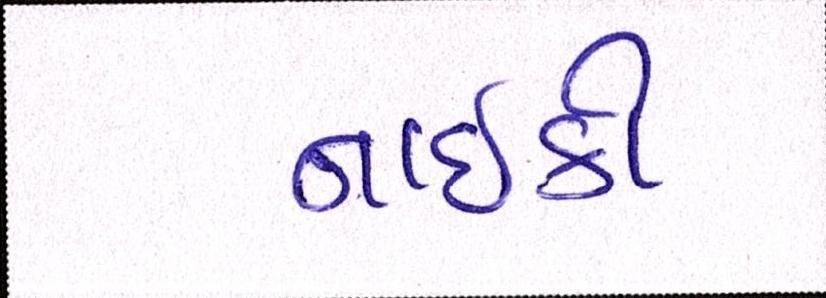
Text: નાઇકી